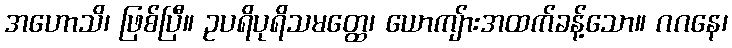
အဟောသိ၊ ဖြစ်ပြီ။ ဥပရိပုရိသမတ္ထေ၊ ယောကျ်ားအထက်ခန့်သော။ ဂဂနေ၊